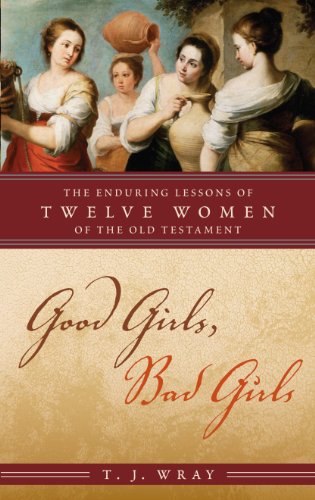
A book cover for Good Girls, Bad Girls: The Enduring Lessons of Twelve Women of the Old Testament; T. J. Wray; Christian Books & Bibles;